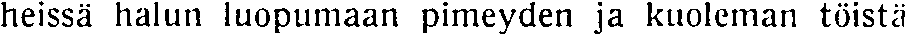
heissä halun luopumaan pimeyden ja kuoleman töistä